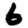
Digit: 6